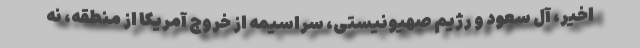
اخیر، آل سعود و رژیم صهیونیستی، سراسیمه از خروج آمریکا از منطقه، نه